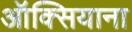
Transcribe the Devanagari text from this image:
ऑक्सियाना